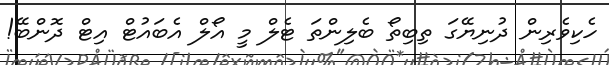
ހެކިވެރިން ދުނިޔޭގަ ތިބިތޯ ބެލިންތަ ޓެލް މީ އޯލް އެބައުޓް އިޓް ދޮންބޭ!